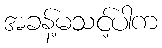
အခန့်မသင့်ပါက